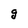
Character: g